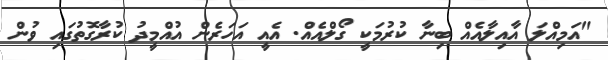
"އަމިއްލަ އާއިލާއެއް ބިނާ ކުރުމަކީ ގޯލްއެއް. އެއީ އަހަރެން އުއްމީދު ކުރާގޮތުގައި ވުން